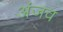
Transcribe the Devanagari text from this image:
अंजव